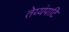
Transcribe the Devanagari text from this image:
तेय्यंपाटि